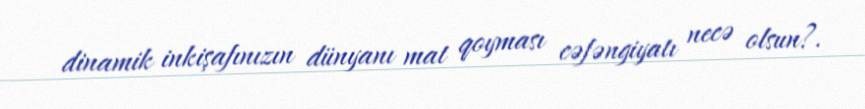
dinamik inkişafınızın dünyanı mat qoyması cəfəngiyatı necə olsun?.